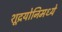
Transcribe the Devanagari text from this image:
शूद्रयोनिमध्ये